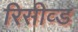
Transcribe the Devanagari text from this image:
रिसीव्ड